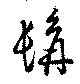
髥